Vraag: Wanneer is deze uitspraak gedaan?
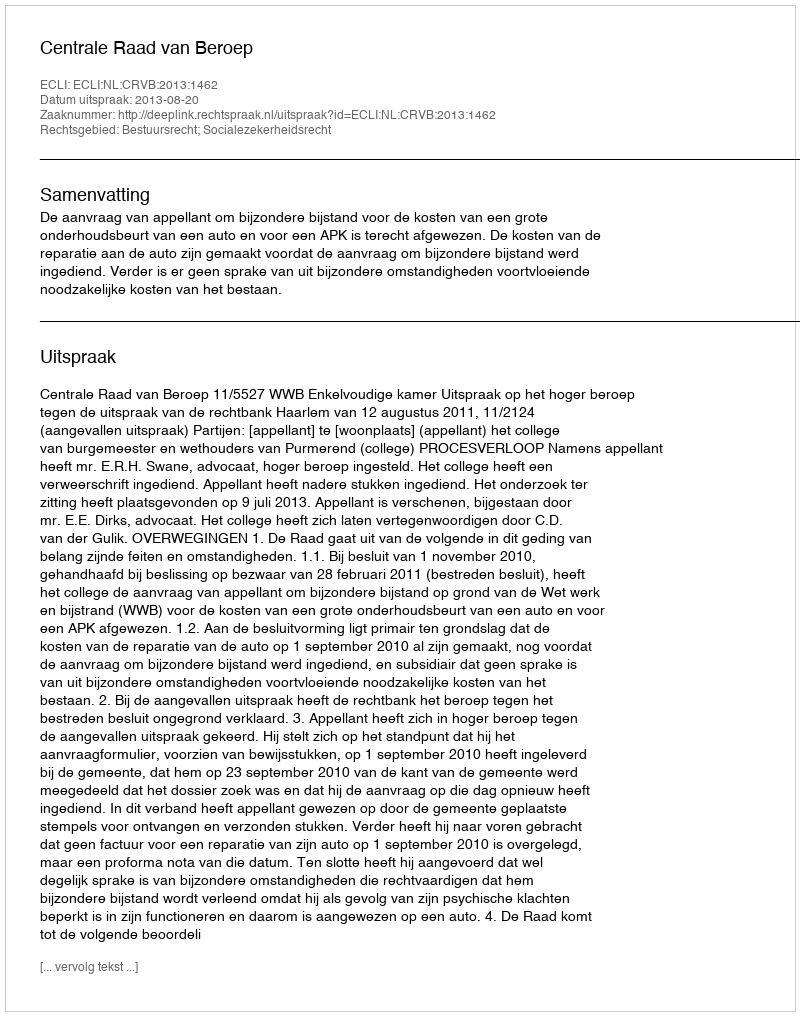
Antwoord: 2013-08-20